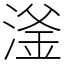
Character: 滏